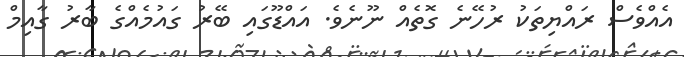
އެއްވެސް ރައްޔިތަކު ރުހޭނެ ގޮތެއް ނޫނެވެ. އައްޑޫގައި ބޭރު ގައުމެއްގެ ބާރު ގާއިމް